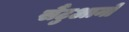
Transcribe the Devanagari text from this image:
सैंटुआनो